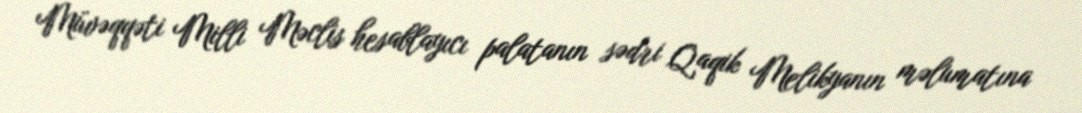
Müvəqqəti Milli Məclis hesablayıcı palatanın sədri Qaqik Melikyanın məlumatına